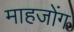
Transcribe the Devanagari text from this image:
माहजोंग